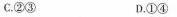
C.②③ D.①④